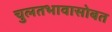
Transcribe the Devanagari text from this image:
चुलतभावासोबत